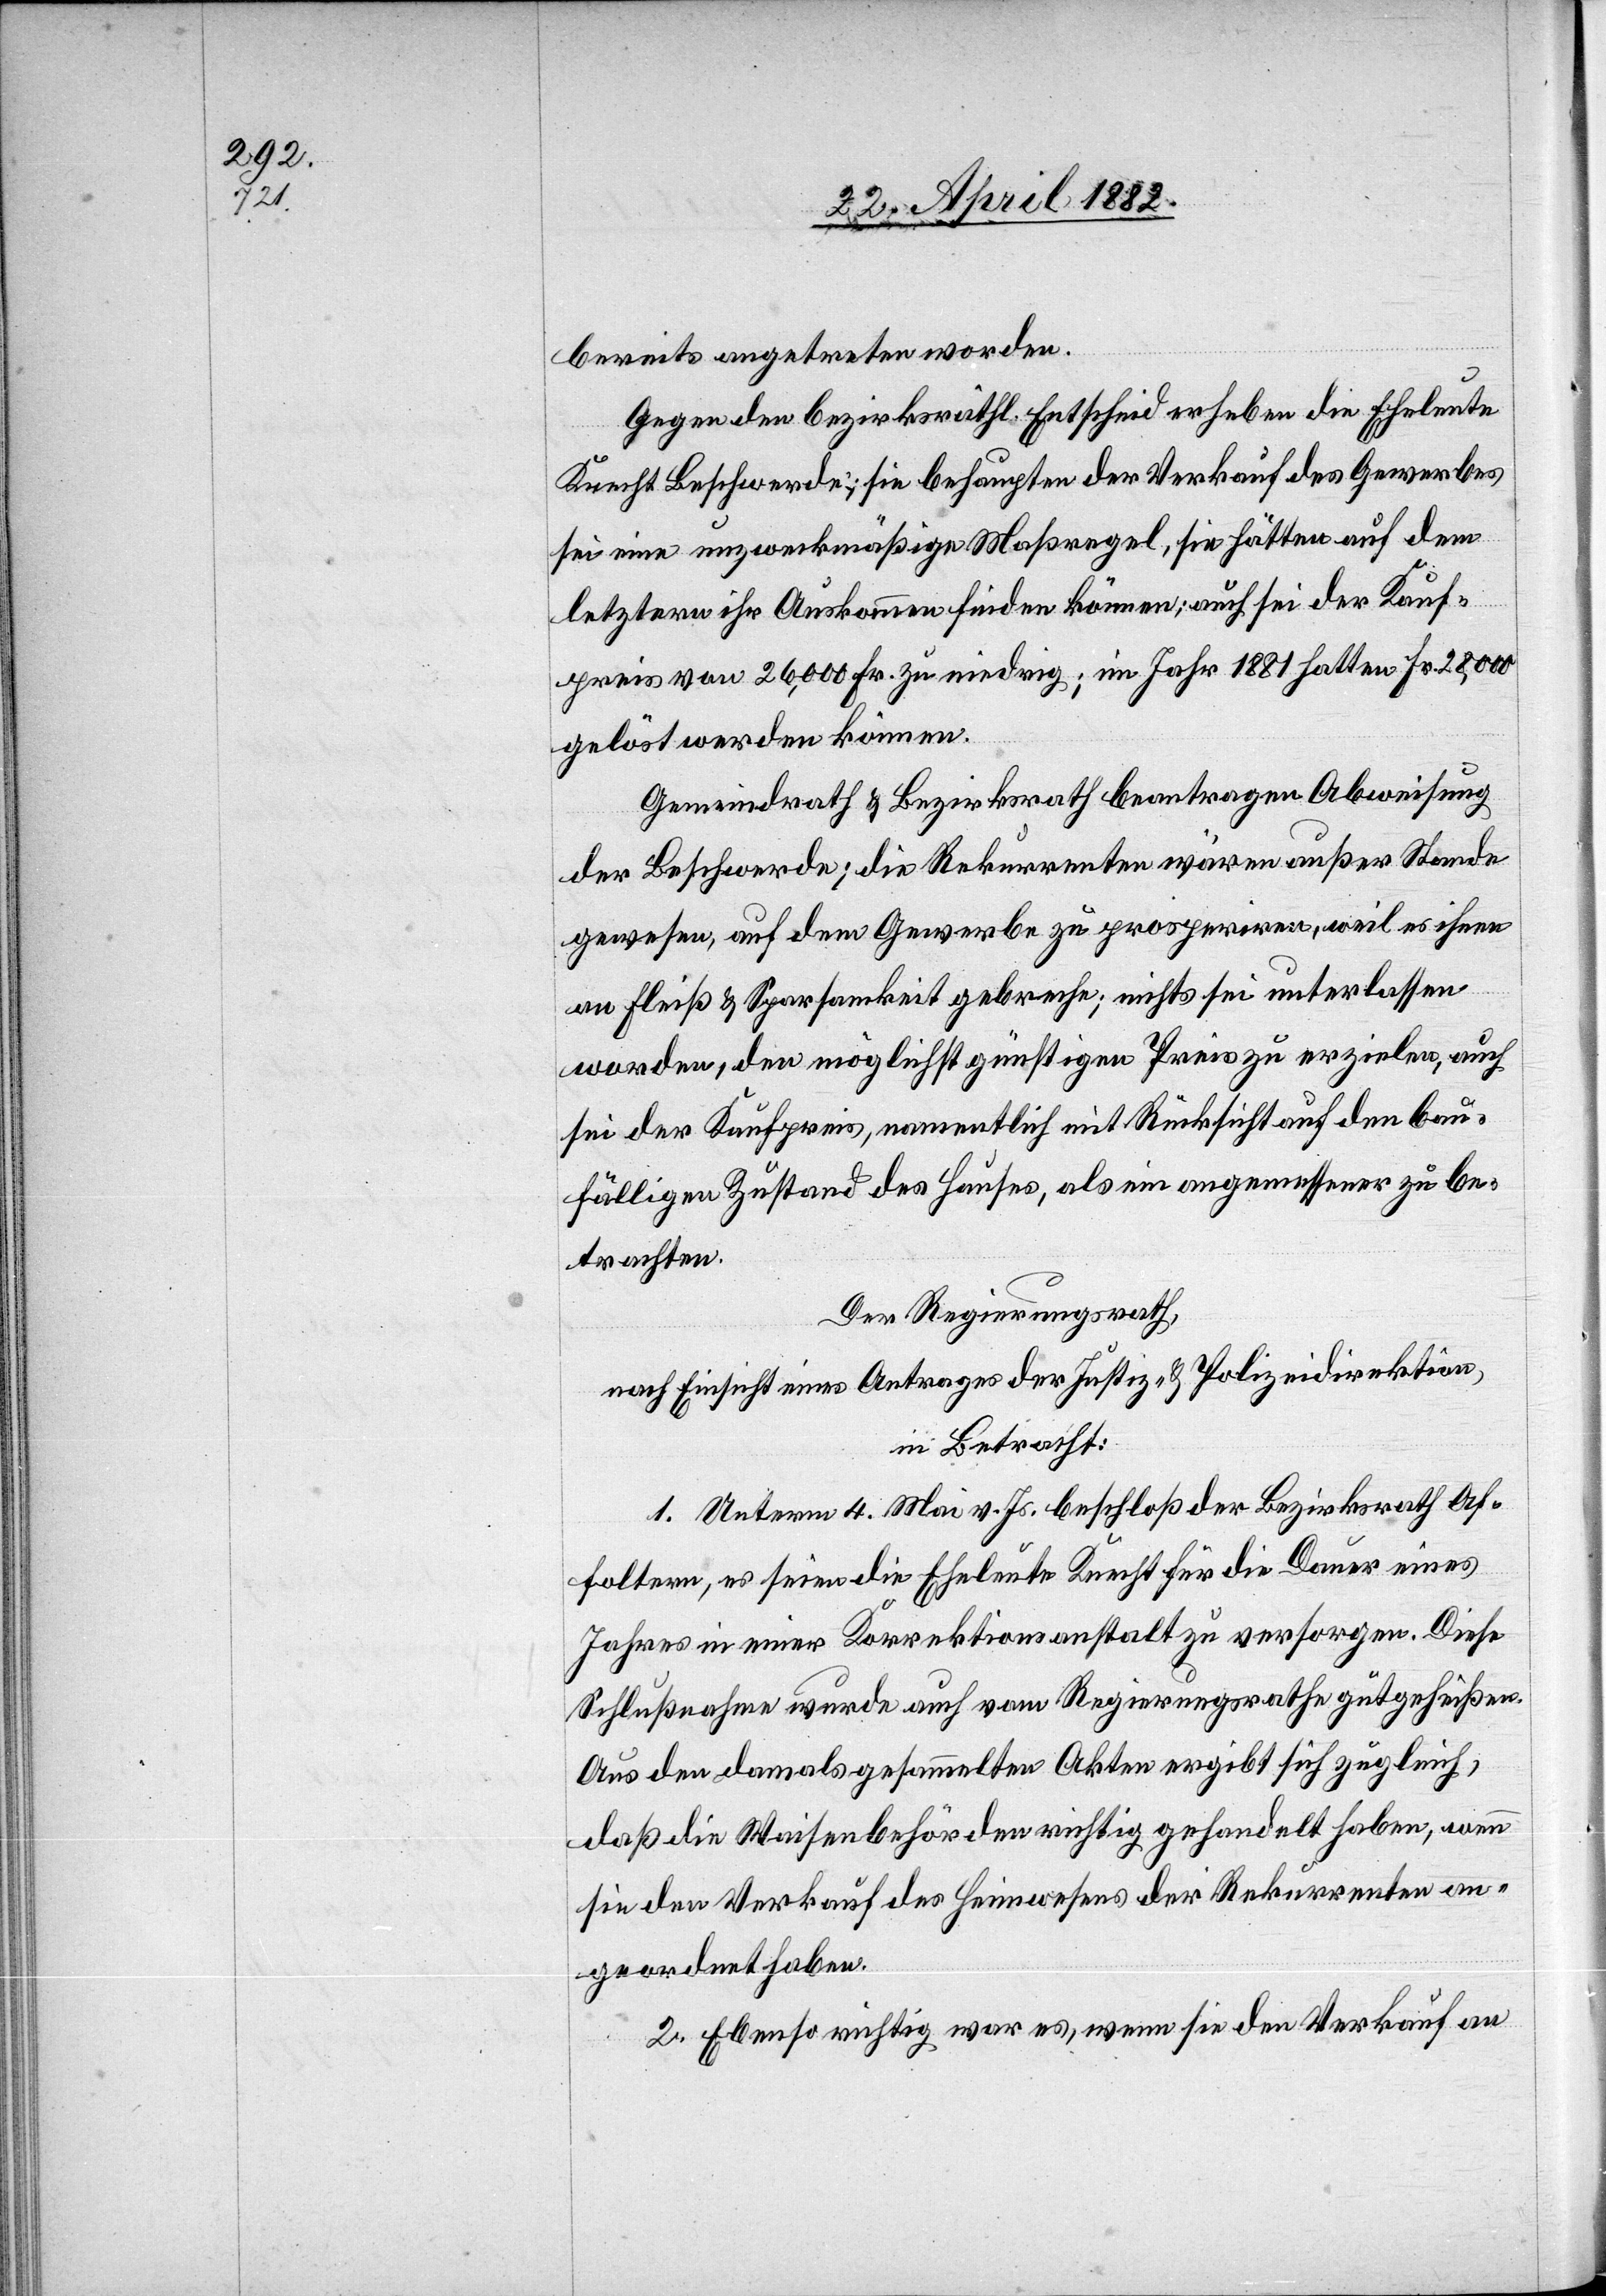
bereits angetreten worden.
Gegen den bezirksräthl. Entscheid erheben die Eheleute
Knecht Beschwerde; sie behaupten der Verkauf des Gewerbes
sei eine unzweckmäßige Maßregel, sie hätten auf dem
letztern ihr Auskommen finden können; auch sei der Kauf¬
preis von 26,000 Fr. zu niedrig; im Jahr 1881 hatten Fr. 28,000
gelöst werden können.
Gemeindrath & Bezirksrath beantragen Abweisung
der Beschwerde; die Rekurrenten wären außer Stande
gewesen, auf dem Gewerbe zu prosperiren, weil es ihnen
an Fleiß & Sparsamkeit gebreche; nichts sei unterlassen
worden, den möglichst günstigen Preis zu erzielen, auch
sei der Kaufpreis, namentlich mit Rücksicht auf den bau¬
fälligen Zustand des Hauses, als ein angemessener zu be¬
trachten.
Der Regierungsrath,
nach Ansicht eines Antrages der Justiz- & Polizeidirektion,
in Betracht:
1. Unterm 4. Mai v. Js. beschloß der Bezirksrath Af¬
foltern, es seien die Eheleute Knecht für die Dauer eines
Jahres in einer Korrektionsanstalt zu versorgen. Diese
Schlußnahme wurde auch vom Regierungsrathe gutgeheißen.
Aus den damals gesammelten Akten ergibt sich zugleich,
daß die Waisenbehörden richtig gehandelt haben, wenn
sie den Verkauf des Heimwesens der Rekurrenten an¬
geordnet haben.
2. Ebenso richtig war es, wenn sie den Verkauf an